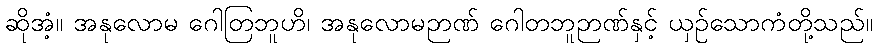
ဆိုအံ့။ အနုလောမ ဂေါတြဘူဟိ၊ အနုလောမဉာဏ် ဂေါတဘူဉာဏ်နှင့် ယှဉ်သောကံတို့သည်။